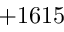
+ 1 6 1 5